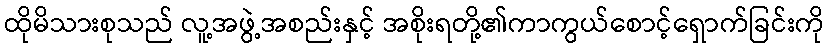
ထိုမိသားစုသည် လူ့အဖွဲ့အစည်းနှင့် အစိုးရတို့၏ကာကွယ်စောင့်ရှောက်ခြင်းကို